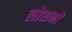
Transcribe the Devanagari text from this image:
लोशनों